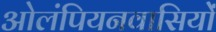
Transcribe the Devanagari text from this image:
ओलंपियनवासियों